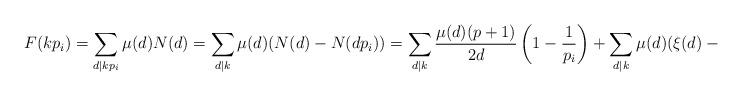
LaTeX: \begin{align*}F(kp_i)=\sum_{d|kp_i}\mu(d)N(d)=\sum_{d|k}\mu(d)(N(d)-N(dp_i))=\sum_{d|k}\frac{\mu(d)(p+1)}{2d}\left(1-\frac 1{p_i}\right)+\sum_{d|k}\mu(d)(\xi(d)-\xi(dp_i)).\end{align*}